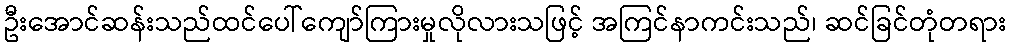
ဦးအောင်ဆန်းသည်ထင်ပေါ်ကျော်ကြားမှုလိုလားသဖြင့် အကြင်နာကင်းသည်၊ ဆင်ခြင်တုံတရား